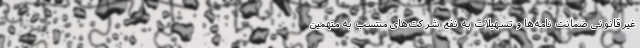
غیرقانونی ضمانت نامه‌ها و تسهیلات به نفع شرکت‌های منتسب به متهمین